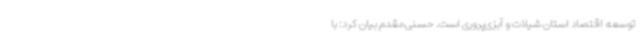
توسعه اقتصاد استان شیلات و آبزی‌پروری است. حسنی‌مقدم بیان کرد: با